Report on vaccination in Madras 1877-1894 - 1877-1894
Year: 1877
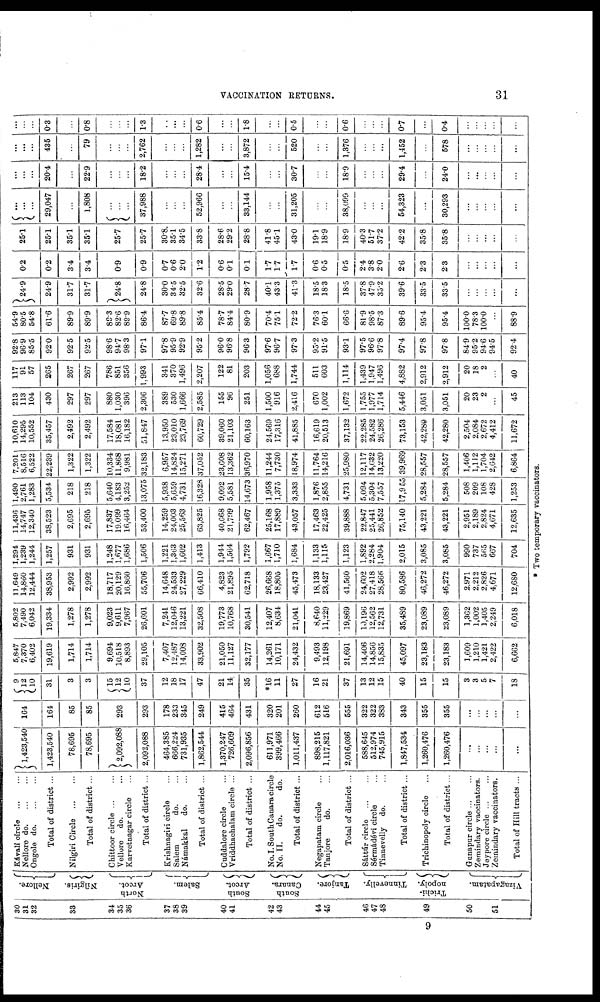
VACCINATION RETURNS.
31
30
31
32
33
34
35
36
37
38
39
40
41
42
43
44
45
46
47
48
49
50
51
Nellore.
North
Arcot.
Salem.
South
Arcot.
South
Canara.
Tanjore.
Tinnevelly.
Trichi-
nopoly.
Vizagapatam.
Kávali circle ... ...
Nellore
do.
...
...
Ongole do. ... ...
Total of district ...
Nilgiri Circle
...
...
Total of district ...
Chittoor circle
...
...
Vellore
do. ...
Karvetnagar circle ...
Total of district ...
Krishnagiri circle ...
Salem
do. ...
Námakkal
do. ...
Total of district ...
Cuddalore circle ...
Vriddhachalam circle ...
Total of district ...
No. I. South Canara circle
No. II.
do.
do.
Total of district ...
Negapatam circle ...
Tanjore
do. ...
Total of district ...
Sáttúr
circle ... ...
Sérmádévi circle ...
Tinnevelly
do. ...
Total of district ...
Trichinopoly circle ...
Total of district...
Gunapur circle
...
...
Zemindary vaccinators.
Jeypore circle
...
...
Zemindary vaccinators.
Total of Hill tracts ...
1,423,540
1,423,540
78,695
78,695
2,092,088
2,092,088
464,385
666,224
731,935
1,862,544
1,370,247
726,609
2,096,856
611,971
399,466
1,011,437
898,215
1,117,821
2,016,036
588,645
512,974
745,915
1,847,534
1,260,476
1,260,476
...
...
...
...
...
164
164
85
85
293
293
178
233
345
249
415
464
431
320
201
260
612
516
555
322
322
383
343
355
355
...
...
...
...
...
9
12
10
31
3
3
15
12
10
37
12
18
17
47
21
14
35
*16
11
27
16
21
37
13
12
15
40
15
15
3
3
5
7
18
5,847
7,370
6,402
19,619
1,714
1,714
9,694
10,518
8,893
29,105
7,407
12,487
14,008
33,902
21,050
11,127
32,177
14,261
10,171
24,432
9,493
12,198
21,691
14,406
14,856
15,835
45,097
23,183
23,183
1,609
1,210
1,421
2,422
6,662
5,802
7,490
6,042
19,334
1,278
1,278
9,023
9,611
7,967
26,601
7,241
12,046
13,221
32,508
19,773
10,768
30,541
12,407
8,634
21,041
8,640
11,229
19,869
10,196
12,562
12,731
35,489
23,089
23,089
1,362
1,002
1,405
2,249
6,018
11,649
14,860
12,444
38,953
2,992
2,992
18,717
20,129
16,860
55,706
14,648
24,533
27,229
66,410
4,823
21,895
62,718
26,668
18,805
45,473
18,133
23,427
41,560
24,602
27,418
28,566
80,586
46,272
46,272
2,971
2,212
2,826
4,671
12,680
1,294
1,239
1,244
1,257
931
931
1,248
1,677
1,686
1,506
1,221
1,363
1,602
1,413
1,944
1,564
1,792
1,667
1,710
1,684
1,133
1,115
1,123
1,892
2,284
1,904
2,015
3,085
3,085
990
737
565
667
704
11,436
14,747
12,340
38,523
2,695
2,695
17,837
19,099
16,464
53,400
14,259
24,003
25,563
63,825
40,668
21,799
62,467
25,168
17,889
43,057
17,463
22,425
39,888
22,847
25,441
26,852
75,140
43,221
43,221
2,951
2,189
2,824
4,671
12,635
1,490
2,761
1,283
5,534
218
218
5,640
4,183
3,252
13,075
5,938
5,659
4,731
16,328
9,092
5,581
14,673
1,958
1,375
3,333
1,876
2,855
4,731
5,094
5,304
7,557
17,955
5,284
5,284
508
209
108
428
1,253
7,201
8,516
6,522
22,239
1,322
1,322
10,334
11,868
9,981
32,183
6,957
14,824
15,271
37,052
23,608
13,362
36,970
11,244
7,730
18,974
11,764
14,216
25,980
12,117
14,632
13,220
39,969
28,557
28,557
1,406
1,112
1,704
2,642
6,864
10,610
14,295
10,552
35,457
2,492
2,492
17,584
18,081
16,182
51,847
13,950
23,010
23,769
60,729
39,060
21,103
60,163
24,569
17,316
41,885
16,619
20,513
37,132
22,285
24,582
26,286
73,153
42,280
42,280
2,504
2,084
2,672
4,412
11,672
213
113
104
430
297
297
880
1,030
396
2,306
389
530
1,666
2,585
155
96
251
1,500
916
2,416
670
1,002
1,672
1,755
1,977
1,714
5,446
3,051
3,051
20
23
2
...
45
117
91
57
265
267
267
786
851
356
1,993
341
370
1,496
2,207
122
81
203
1,056
688
1,744
511
603
1,114
1,439
1,947
1,496
4,882
2,912
2,912
20
18
2
...
40
92.8
96.9
85.5
92.0
92.5
92.5
98.6
94.7
98.3
97.1
97.8
95.9
92.9
95.2
96.0
96.8
96.3
97.6
96.7
97.3
95.2
91.5
93.1
97.5
96.6
97.8
97.4
97.8
97.8
84.9
95.2
94.6
94.5
92.4
54.9
80.5
54.8
61.6
89.9
89.9
89.3
82.6
89.9
86.4
87.7
69.8
89.8
85.4
78.7
84.4
80.9
70.4
75.1
72.2
76.3
60.1
66.6
81.9
98.5
87.3
89.6
95.4
95.4
100.0
78.3
100.0
...
88.9
24.9
24.9
31.7
31.7
24.8
24.8
30.0
34.5
82.5
32.6
28.5
29.0
28.7
40.1
43.3
41.3
18.5
18.3
18.5
37.8
47.9
35.2
39.6
33.5
33.5
...
...
...
...
...
0.2
0.2
3.4
3.4
0.9
0.9
0.7
0.6
2.0
1.2
0.6
0.1
0.1
1.7
1.7
1.7
0.6
0.5
0.5
2.4
3.8
2.0
2.6
2.3
2.3
...
...
...
...
...
25.1
25.1
35.1
35.1
25.7
25.7
30.8
35.1
34.5
33.8
28.6
29.2
28.8
41.8
45.1
43.0
19.1
18.9
18.9
40.3
51.7
37.2
42.2
35.8
35.8
...
...
...
...
...
...
...
...
29,047
...
1,808
...
...
...
37,988
...
...
...
52,966
...
...
33,144
...
...
31,205
...
...
38,099
...
...
...
54,323
...
30,293
...
...
...
...
...
...
...
...
20.4
...
22.9
...
...
...
18.2
...
...
...
28.4
...
...
15.4
...
...
30.7
...
...
18.9
...
...
...
29.4
...
24.0
...
...
...
...
...
...
...
...
435
...
79
...
...
...
2,762
...
...
...
1,282
...
...
3,872
...
...
520
...
...
1,376
...
...
...
1,452
...
578
...
...
...
...
...
...
...
...
03
...
0.8
...
...
...
1.3
...
...
...
0.6
...
...
1.8
...
...
0.5
...
...
06
...
...
...
0.7
...
0.4
...
...
...
...
...
* Two temporary vaccinators.